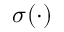
\sigma ( \cdot )